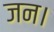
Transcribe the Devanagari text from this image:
जन।